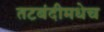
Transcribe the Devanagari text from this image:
तटबंदीमधेच